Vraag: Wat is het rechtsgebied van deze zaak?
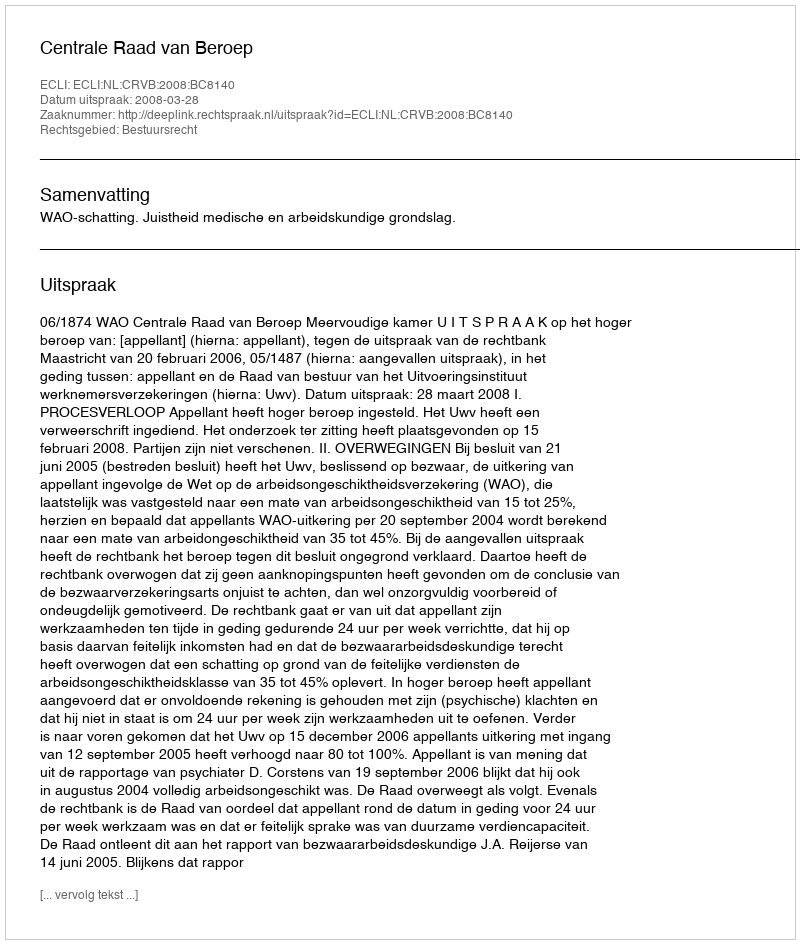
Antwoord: Bestuursrecht